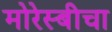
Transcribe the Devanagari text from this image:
मोरेस्बीचा